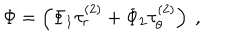
LaTeX: \Phi = \left( \Phi _ { 1 } \tau _ { r } ^ { ( 2 ) } + \Phi _ { 2 } \tau _ { \theta } ^ { ( 2 ) } \right) \ ,